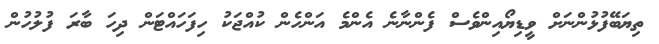
ތިޔަބޭފުޅުންނަށް ވީޑިޔޯއިންވެސް ފެންނާނެ އެންމެ އަންހެން ކުއްޖަކު ހިފަހައްޓަން ދިހަ ބާރަ ފުލުހުން